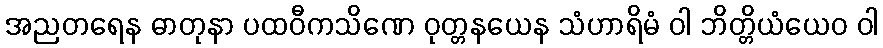
အညတရေန ဓာတုနာ ပထဝီကသိဏေ ဝုတ္တနယေန သံဟာရိမံ ဝါ ဘိတ္တိယံယေဝ ဝါ